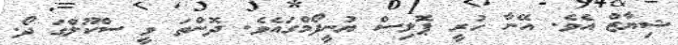
ޝިޔާޒް އެވެ. އޭނާ ހުރީ ޕޮލިސް ޔުނީފޯމްގައެވެ. ދޮންތަ ވީ ސްކޫލްގަ ދޯ.